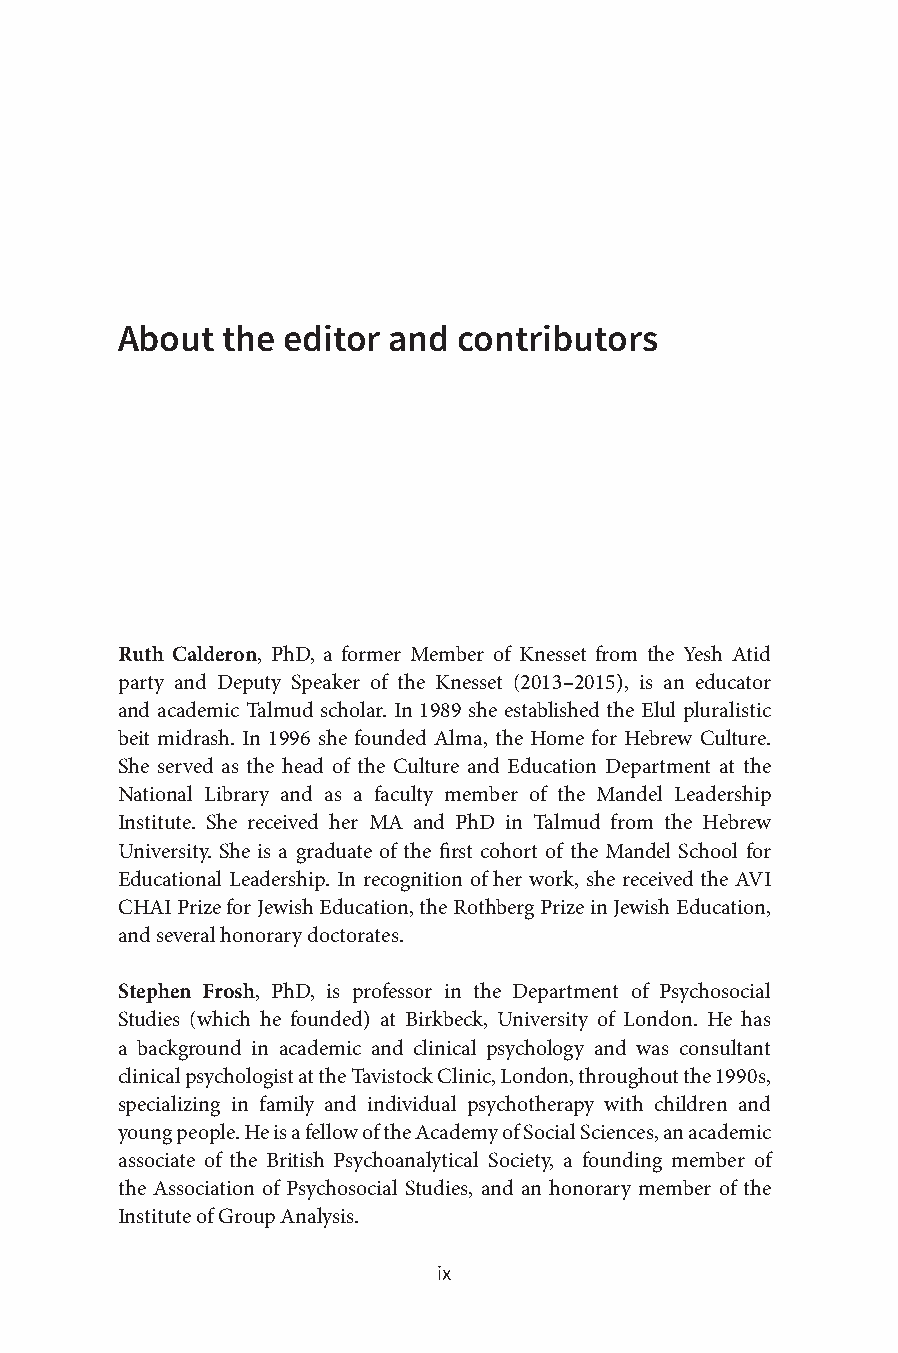
About  the editor and contributors
 Ruth Calderon, PhD, a former Member of Knesset from the Yesh Atid
 party and Deputy Speaker of the Knesset (2013–2015), is an educator
 and academic Talmud scholar. In 1989 she established the Elul pluralistic
 beit midrash. In 1996 she founded Alma, the Home for Hebrew Culture.
 She served as the head of the Culture and Education Department at the
 National Library and as a faculty member of the Mandel Leadership
 Institute. She received her MA and PhD in Talmud from the Hebrew
 University. She is a graduate of the first cohort of the Mandel School for
 Educational Leadership. In recognition of her work, she received the AVI
 CHAI Prize for Jewish Education, the Rothberg Prize in Jewish Education,
 and several honorary doctorates.
 Stephen Frosh, PhD, is professor in the Department of Psychosocial
 Studies (which he founded) at Birkbeck, University of London. He has
 a background in academic and clinical psychology and was consultant
 clinical psychologist at the Tavistock Clinic, London, throughout the 1990s,
 specializing in family and individual psychotherapy with children and
 young people. He is a fellow of the Academy of Social Sciences, an academic
 associate of the British Psychoanalytical Society, a founding member of
 the Association of Psychosocial Studies, and an honorary member of the
 Institute of Group Analysis.
 ix